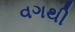
વગથી